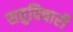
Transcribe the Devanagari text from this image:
सतुविचारी